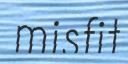
misfit